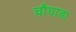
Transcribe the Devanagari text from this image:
चौघाडा